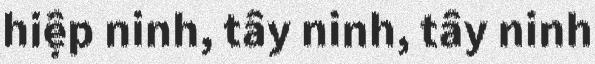
hiệp ninh, tây ninh, tây ninh